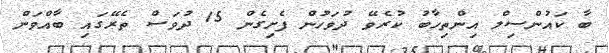
ބާ ކައުންސިލް އިންތިހާބު ކުރެވޭ ދުވަހުން ފެށިގެން 15 ދުވަސް ތެރޭގައި ބާއްވަން